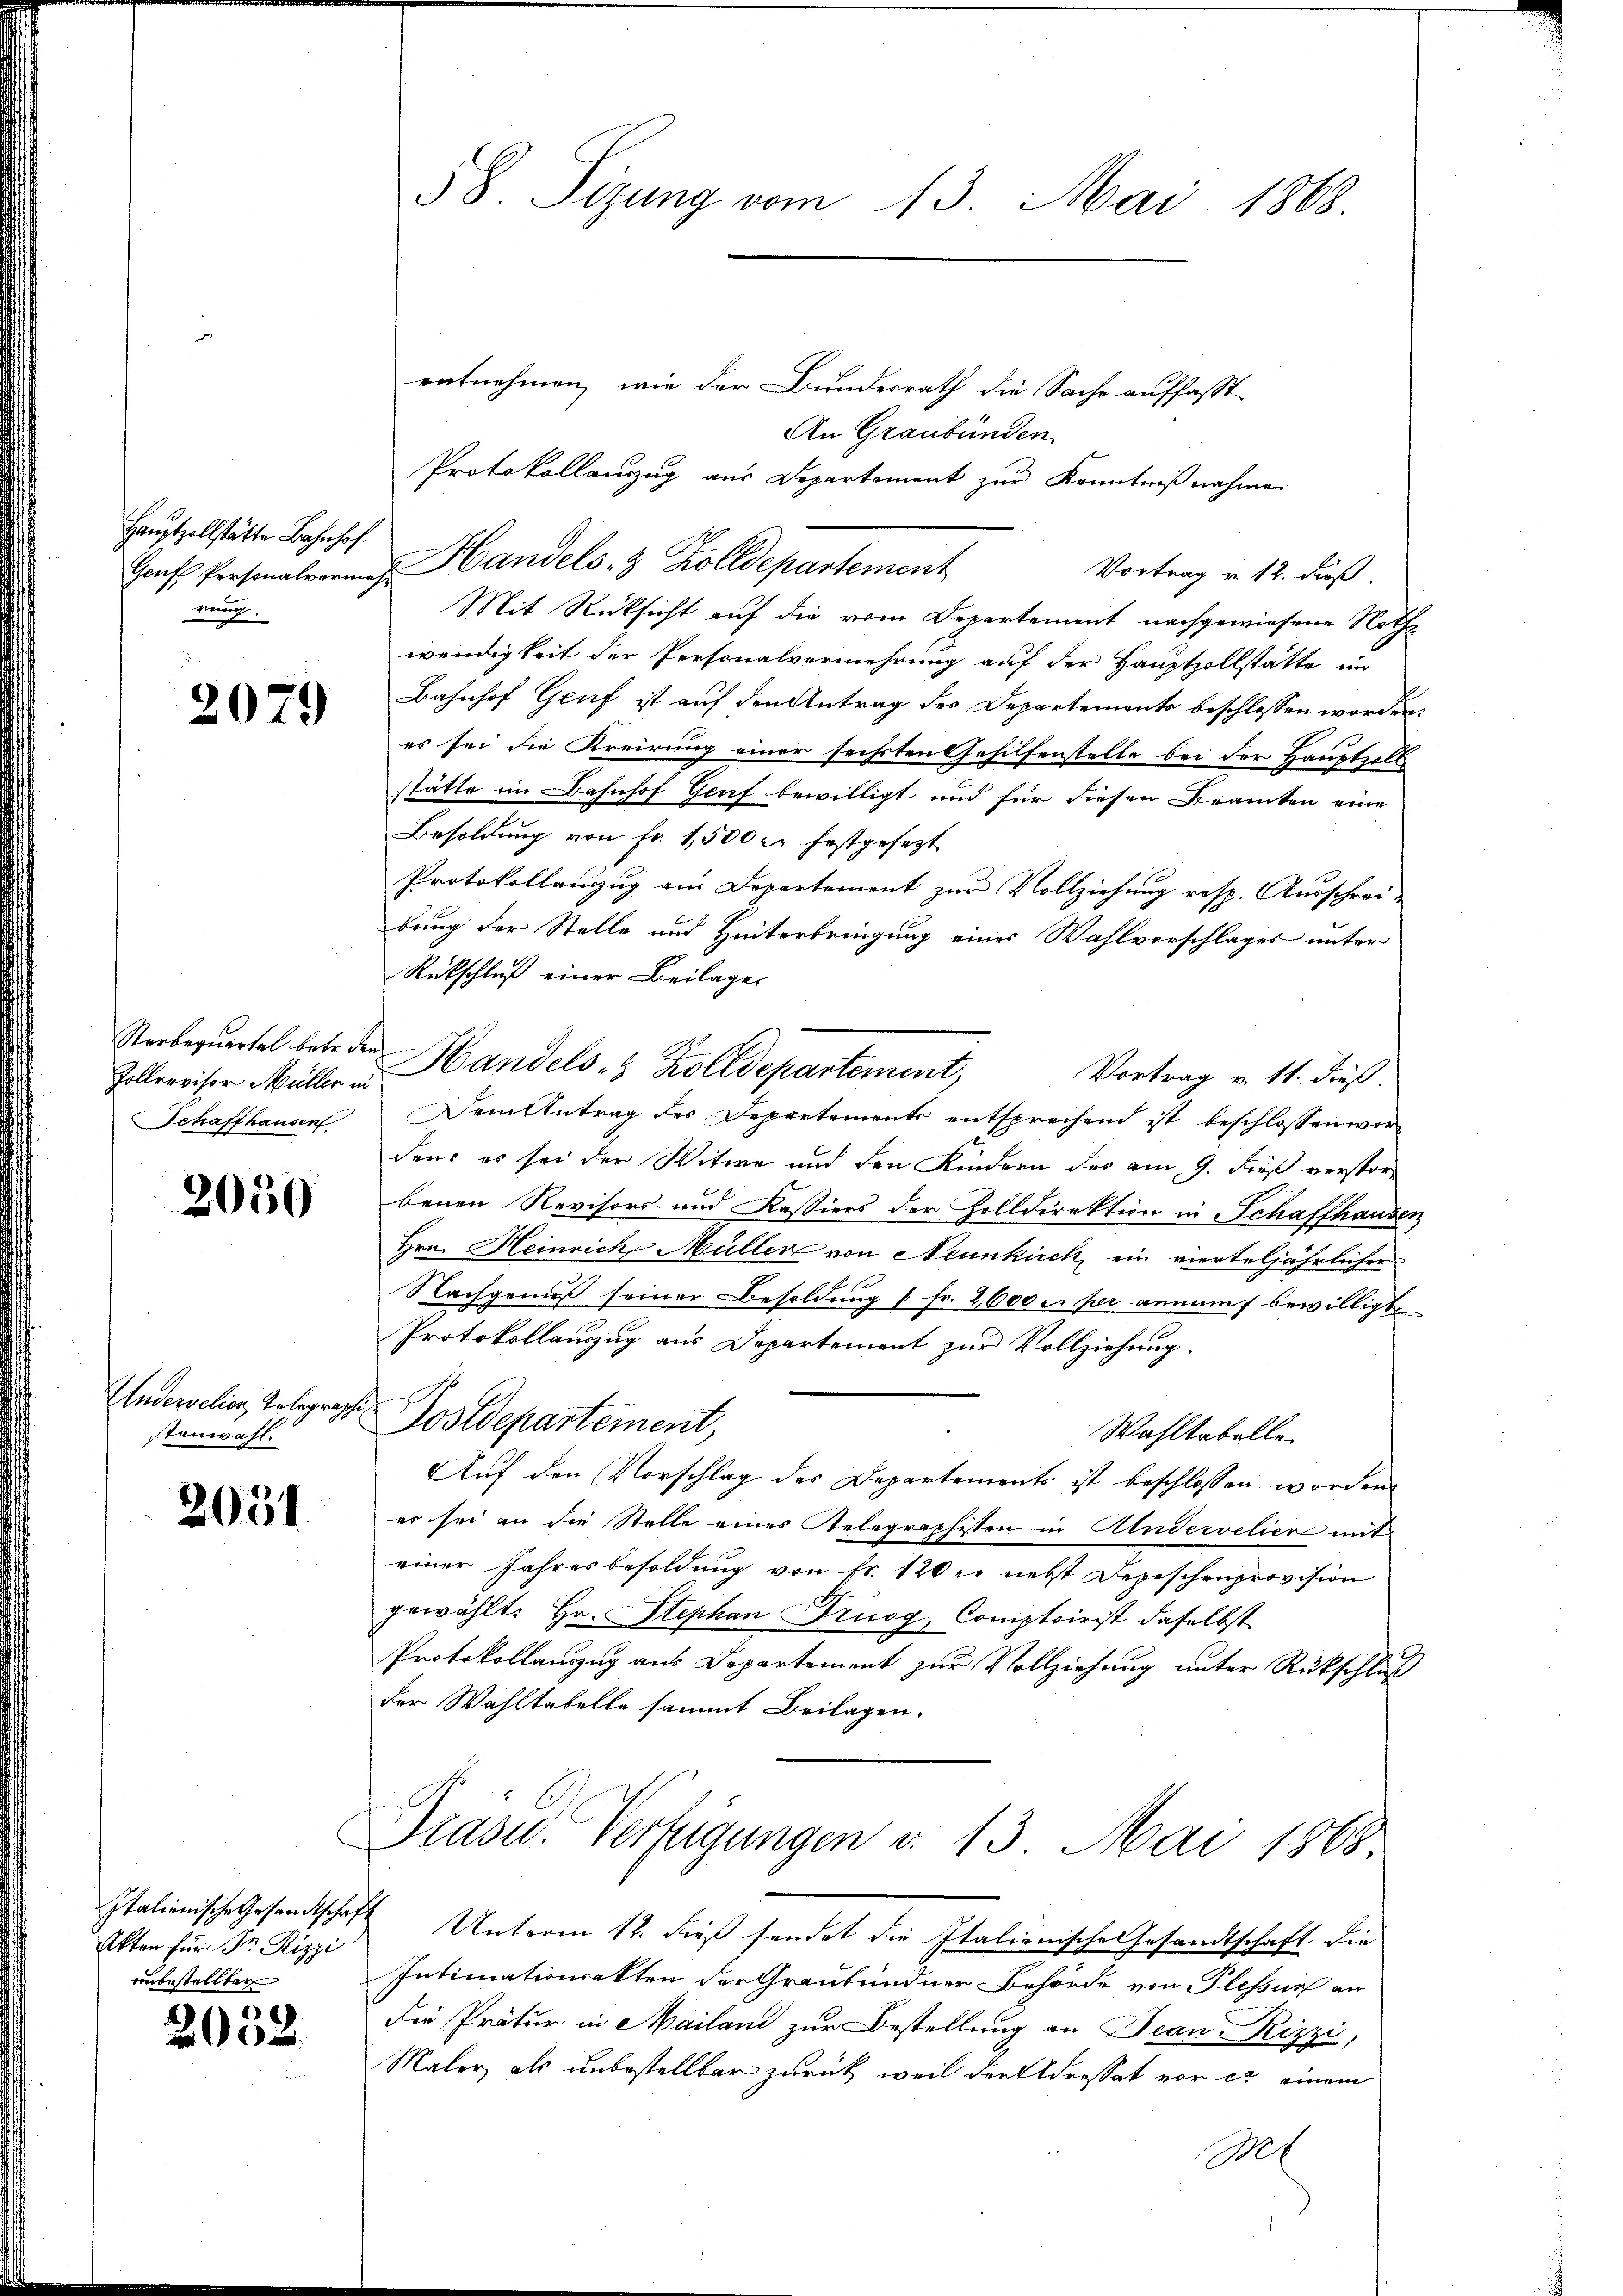
Hauptzollstätte Bahnhof
nung.

2079

Pollrevisor Müller in
Schaffhausen

2050

Undervelier, Telegraphis
stenwahl.

2051

Akten für Dr. Rizzi
vonbestellten

2032.

58. Sizung vom 13. Mai 1868

entnehmen, wie der Bundesrath die Sache auffasst
An Graubünden.
Protokollanzug aus Departement zŭr Kenntniβnahme
Vortrag u. 12. Fuß.
Mit Rücksicht auf die vom Departement nachgewiesene Noth
wendigkeit der Personalvermehrung auf der Hauptzollstätte in
Bahnhof Gruf ist auf den Antrag der Departements beschlossen worden.
es sei die Kreirung einer sechsten Gehilfenstelle bei der Hauptall
stätte im Bahnhof Genf bewilligt und für diesen Beamten eine
Besoldung von Fr. 1,500 xr festgesezt
Protokollauszug aus Departement zur Vollziehung resp. Ausschrei-
bung der Stelle und Hinterbringung eines Wahlvorschlages unter
Rückschluß einer Beilage
Verbequertel betr. den Handels- & Zolldepartement,
Vortrag v. 11. dieß.
Dem Antrag des Departements entsprechend ist beschlossen worden; es sei der Witwe und den Kindern des am 9. dieß verstorbenen Revisors und Kassiers der Zolldirektion in Schaffhausen
Hrn. Heinrich Müller von Neunkirch ein vierteljährlicher
Nachgenuß seiner Besoldung [Fr. 2600 er per anmunf bewilligt.
Protokollauszug aus Departement zur Vollziehung.
Postdepartement,
Wahltabelle
Auf den Vorschlag der Departements ist beschlossen worden.
er sei an die Stelle eines Telegraphisten in Andervelier mit
einer Jahresbesoldung von Fr. 120 er nebst Depeschenprovision
gewählt: Hr. Stephan Prugg, Comptoirist daselbst
Protokollauszug aus Departement zur Vollziehung unter Rückschluß
der Wahltabelle sammt Beilagen.
Gräser. Verfügungen v. 13. Mai 1868

Graf Personalverie Handels- & Zolldepartement

Italionische Gesandtschaft Unterm 12. dieß sendet die Italienische Gesandtschaft die
Intimationenkten der Graubündner Behörde von Plessin an
die Prätur in Mailand zur Bestellung an Jean-Rizzi,
Maler als unbestellbar zurück, weil der Adressat vor er einem
Bet